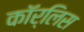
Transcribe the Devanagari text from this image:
कॉर्लिस